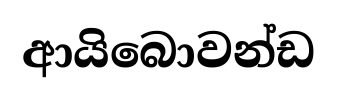
ආයිබොවන්ඩ